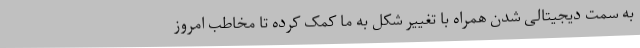
به سمت دیجیتالی شدن همراه با تغییر شکل به ما کمک کرده تا مخاطب امروز